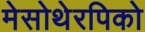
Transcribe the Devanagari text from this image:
मेसोथेरपिको